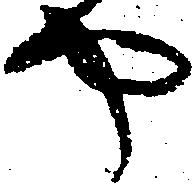
や